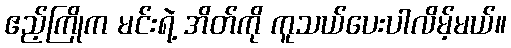
ဧည့်ကြိုက မင်းရဲ့ အိတ်ကို ကူသယ်ပေးပါလိမ့်မယ်။